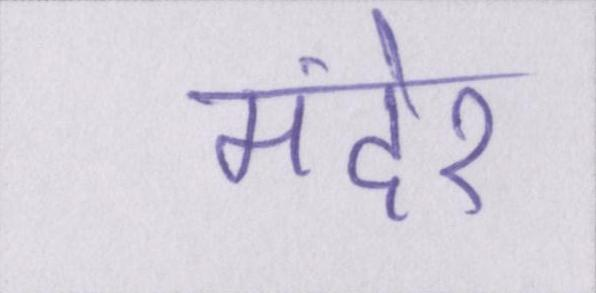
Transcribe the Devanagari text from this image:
मंदेर